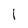
Character: 1